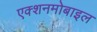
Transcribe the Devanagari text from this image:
एक्शनमोबाइल